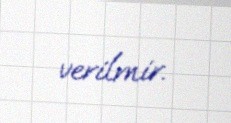
verilmir.